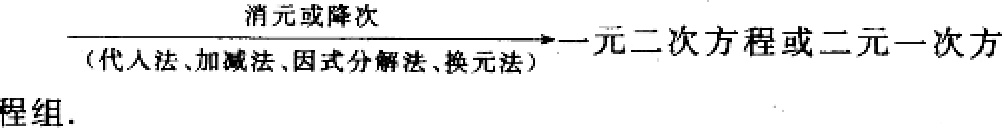
\( \xrightarrow[\text{(代入法、加减法、因式分解法、换元法)}]{\text{消元或降次}} \text{一元二次方程或二元一次方程组}. \)